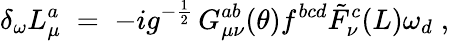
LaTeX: \delta_{\omega}L_{\mu}^{a}\; =\; -ig^{-\frac{1}{2}}\, G_{\mu\nu}^{ab}(\theta)f^{bcd}{\tilde{F}}_{\nu}^{c}(L)\omega_{d}\; ,